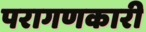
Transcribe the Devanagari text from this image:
परागणकारी